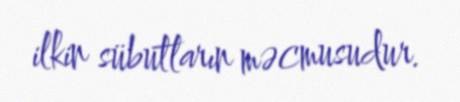
ilkin sübutların məcmusudur.